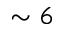
\sim 6